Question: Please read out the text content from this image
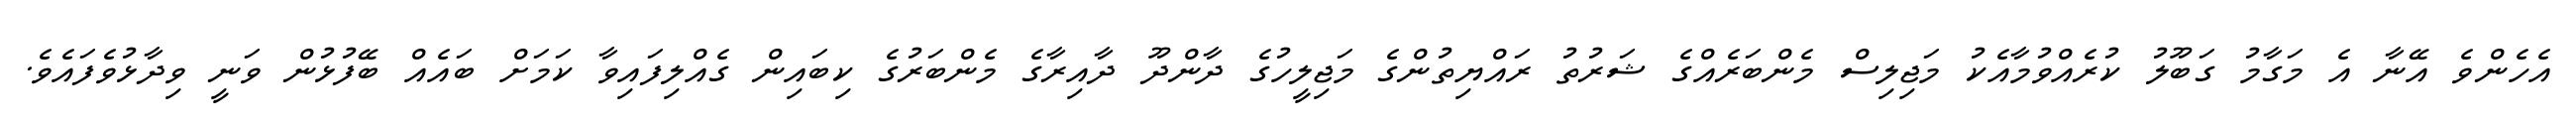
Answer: އެހެންވެ އޭނާ އެ މަގާމު ގަބޫލު ކުރެއްވުމާއެކު މަޖިލިސް މެންބަރެއްގެ ޝަރުތު ރައްޔިތުންގެ މަޖިލީހުގެ ދާންދޫ ދާއިރާގެ މެންބަރުގެ ކިބައިން ގެއްލިފައިވާ ކަމަށް ބައެއް ބޭފުޅުން ވަނީ ވިދާޅުވެފައެވެ.